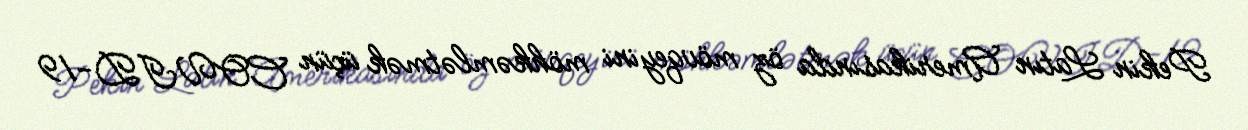
Pekin Latın Amerikasında öz mövqeyini möhkəmlətmək üçün COVID-19